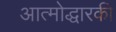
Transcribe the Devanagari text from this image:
आत्मोद्धारकी